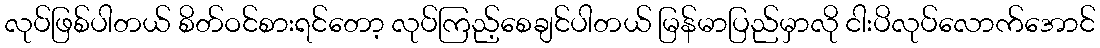
လုပ်ဖြစ်ပါတယ် စိတ်ဝင်စားရင်တော့ လုပ်ကြည့်စေချင်ပါတယ် မြန်မာပြည်မှာလို ငါးပိလုပ်လောက်အောင်